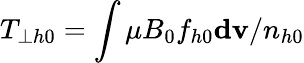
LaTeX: T_{\perp h0}=\int\mu B_{0}f_{h0}\mathbf{dv}/n_{h0}